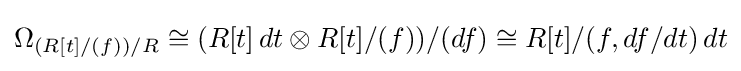
\Omega _{(R[t]/(f))/R}\cong (R[t]\,dt\otimes R[t]/(f))/(df)\cong R[t]/(f,df/dt)\,dt